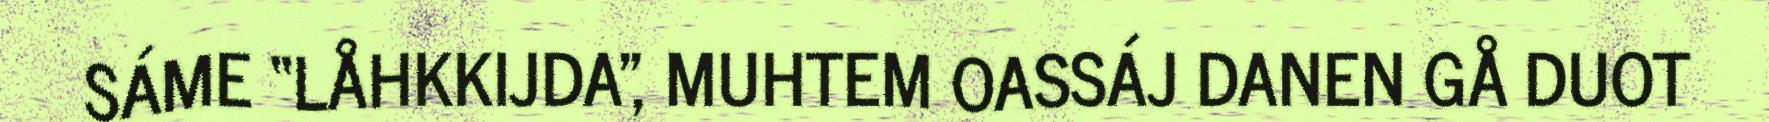
SÁME “LÅHKKIJDA", MUHTEM OASSÁJ DANEN GÅ DUOT